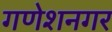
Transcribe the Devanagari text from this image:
गणेशनगर